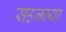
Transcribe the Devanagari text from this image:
सहजन्या